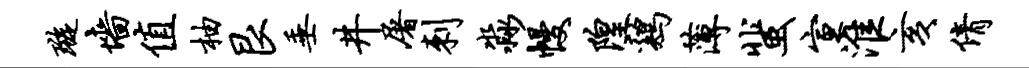
璇墙值柚艮垂井屠刺淼幔隍鸡薄蜚宣淮亥倩